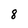
Character: 8